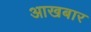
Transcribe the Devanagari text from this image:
आखबार